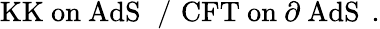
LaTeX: \mathrm{KK~on~AdS~}\, \, /\, \, \mathrm{CFT~on~\partial~AdS~}\, .